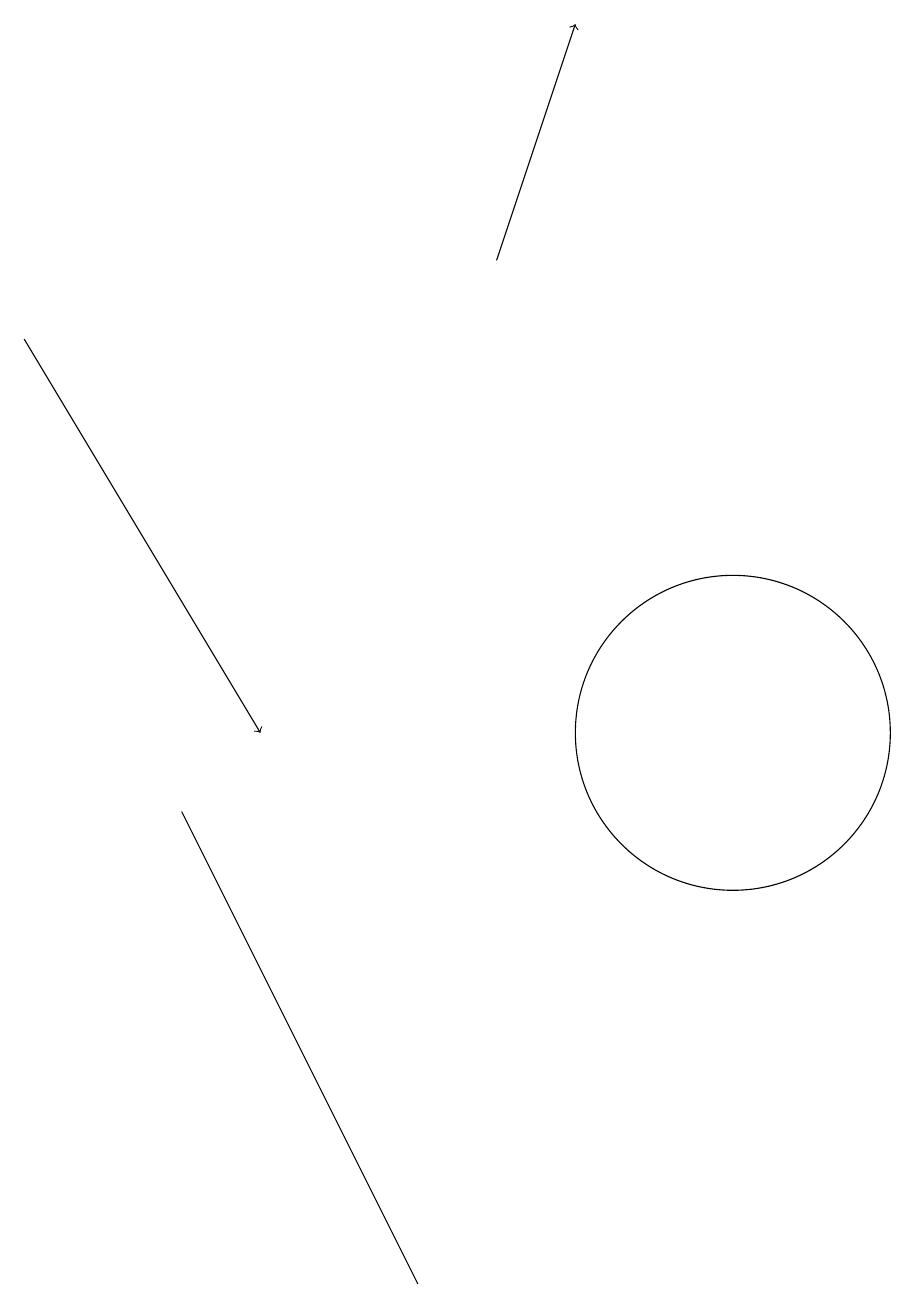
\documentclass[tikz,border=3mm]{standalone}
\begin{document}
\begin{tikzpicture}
\draw (7,3) -- (4,9) -- (4,9) -- cycle;
\draw (11,10) circle (2);
\draw[->] (8,16) -- (9,19);
\draw[->] (2,15) -- (5,10);
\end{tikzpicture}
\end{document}